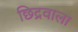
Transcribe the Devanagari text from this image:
छिद्रवाला